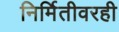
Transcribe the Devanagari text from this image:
निर्मितीवरही